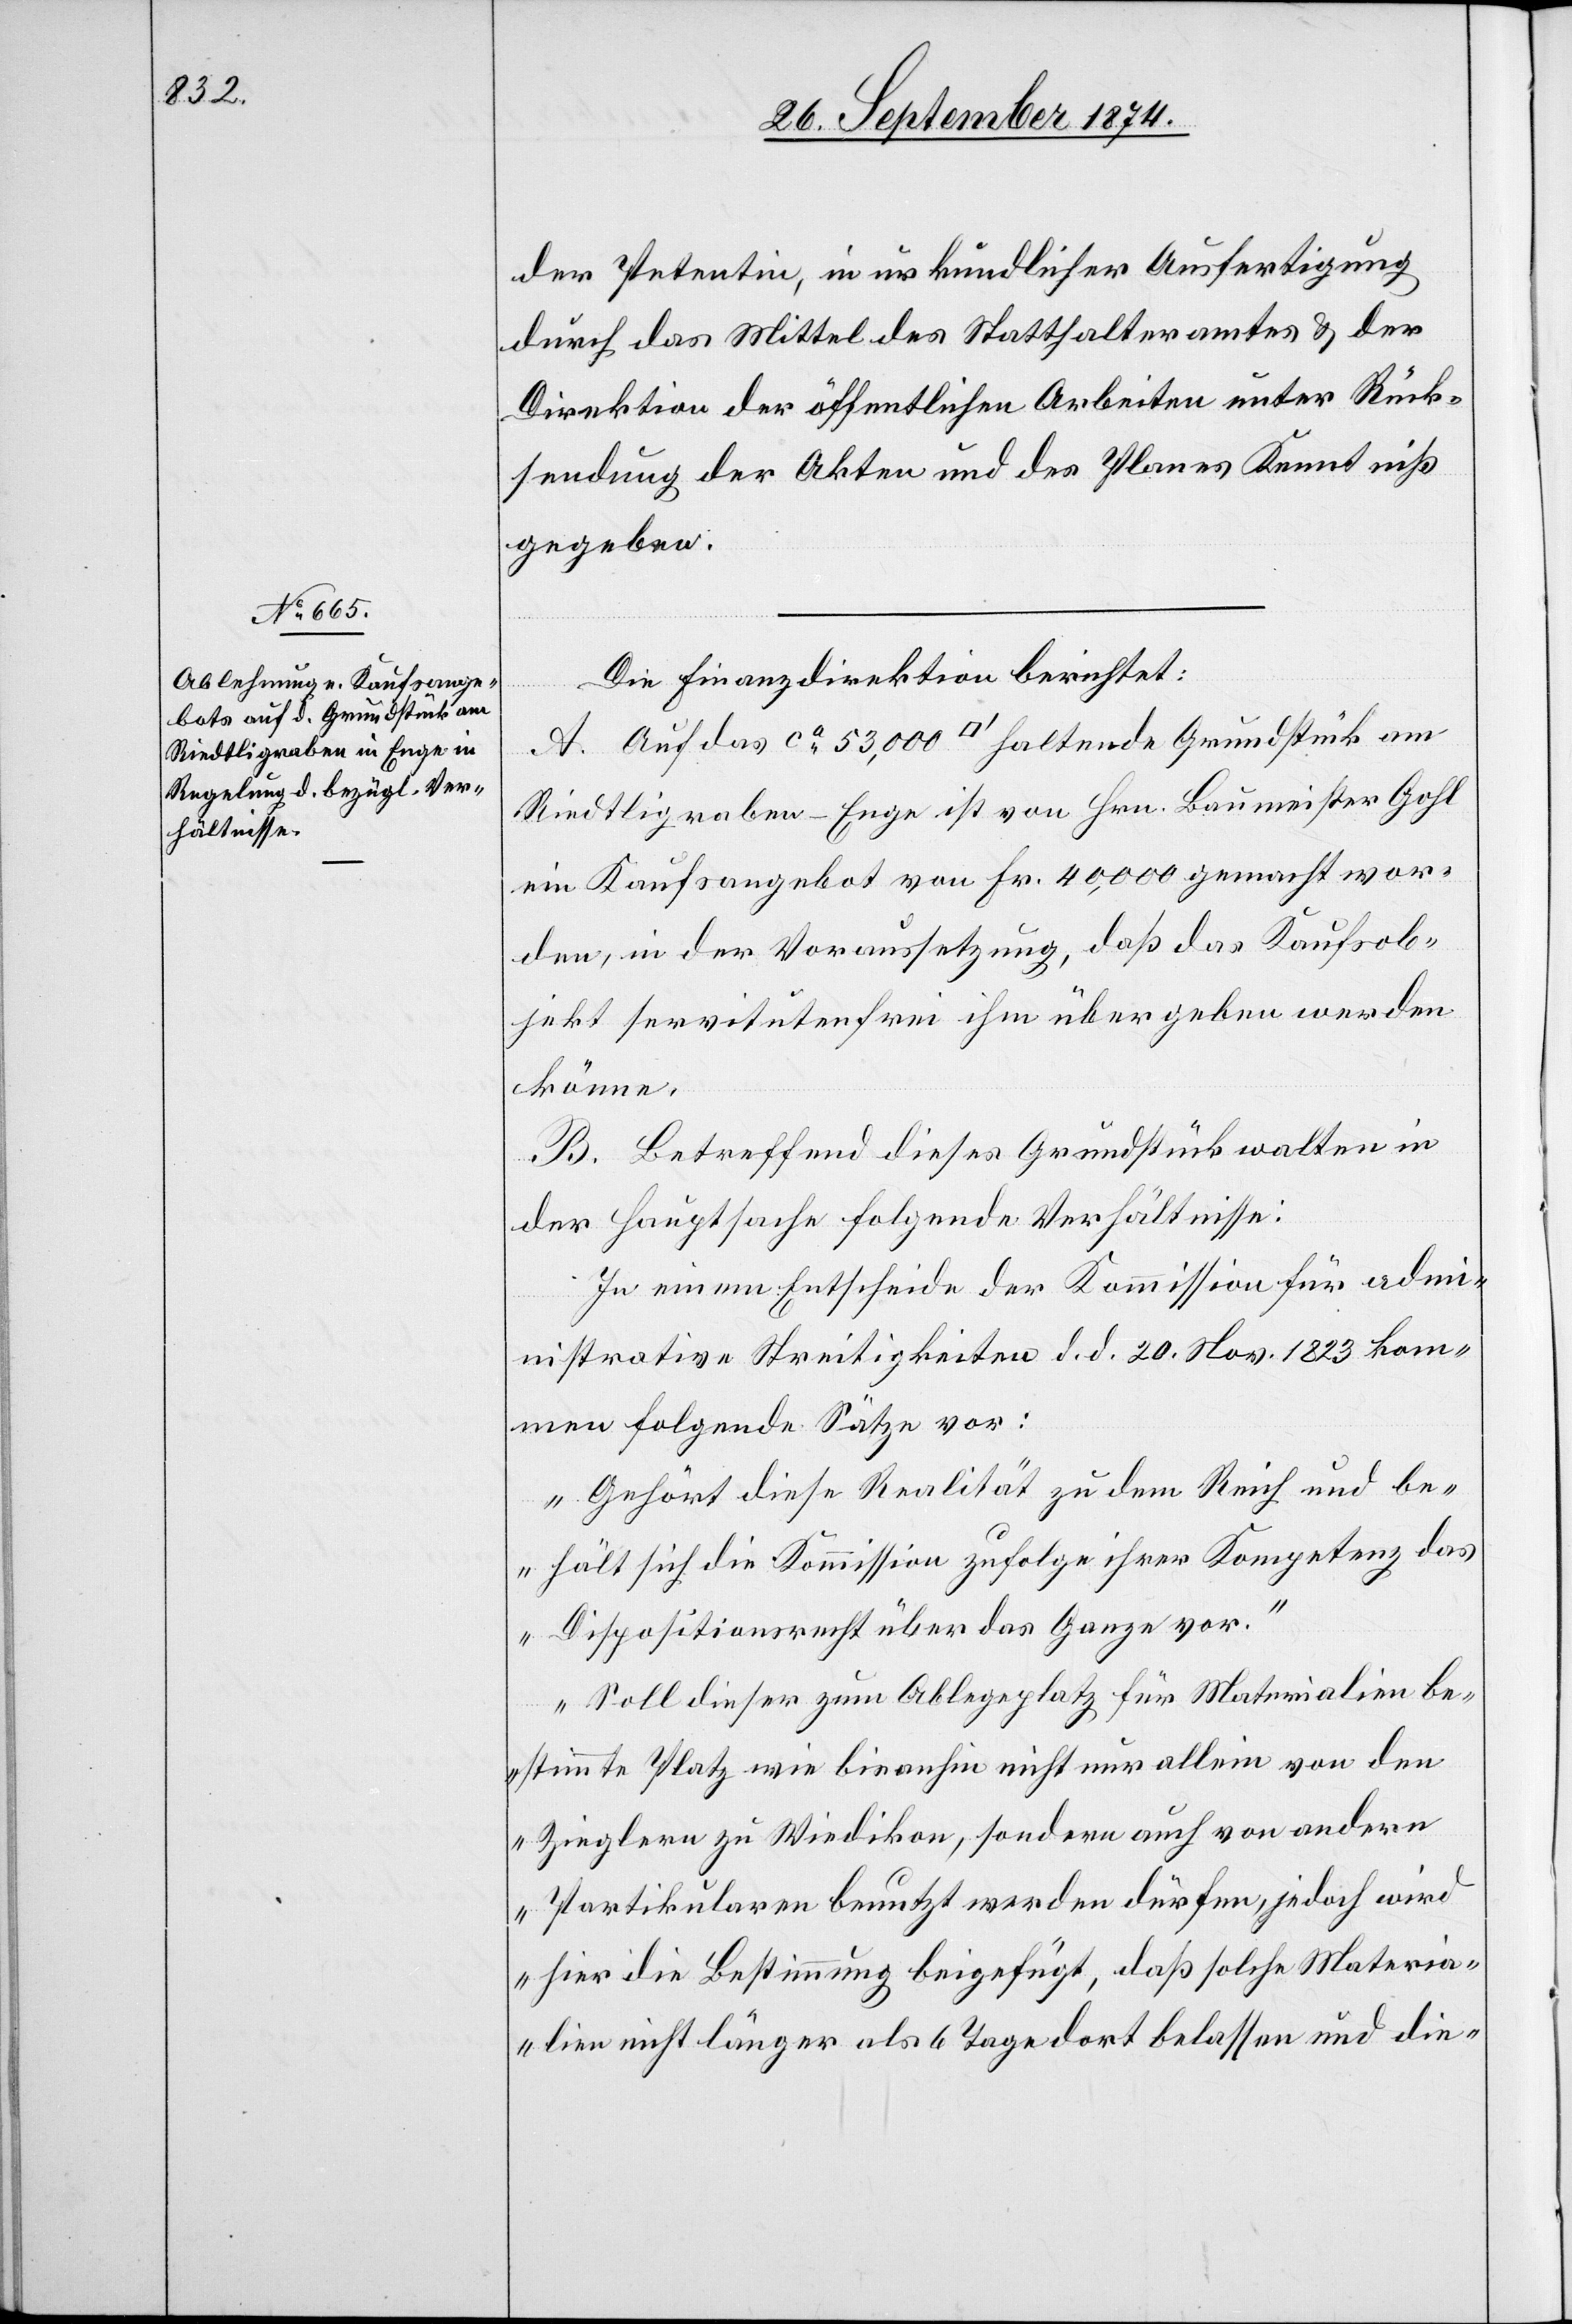
der Petentin, in urkundlicher Ausfertigung
durch das Mittel des Statthalteramtes & der
Direktion der öffentlichen Arbeiten unter Rück¬
sendung der Akten und des Planes Kenntniß
gegeben.
Die Finanzdirektion berichtet:
A. Auf das ca 53,000 [Quadratfuss] haltende Grundstück am
Riedtigraben-Enge ist von Hrn. Baumeister Gohl
ein Kaufsangebot von Fr. 40,000 gemacht wor¬
den, in der Voraussetzung, daß das Kaufsob¬
jekt servitutenfrei ihm übergeben werden
könne.
B. Betreffend dieses Grundstück walten in
der Hauptsache folgende Verhältnisse:
In einem Entscheide der Kommission für admi¬
nistrative Streitigkeiten d. d. 20. Nov. 1823 kom¬
men folgende Sätze vor:
„Gehört diese Realität zu dem Reich und be¬
hält sich die Kommission zufolge ihrer Kompetenz das
Dispositionsrecht über das Ganze vor.“
„Soll dieser zum Ablegeplatz für Materiealien be¬
stimmte Platz wie bisanhin nicht nur allein von den
Zieglern zu Wiedikon, sondern auch von andern
Partikularen benutzt werden dürfen, jedoch wird
hier die Bestimmung beigefügt, daß solche Materia¬
lien nicht länger als 6 Tage dort belassen und die-